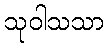
သုဝါသသာ